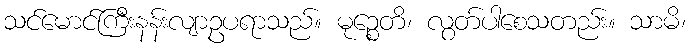
သင်မောင်ကြီးနန်းလျာဥပရာသည်။ မုဉ္စေတိ၊ လွတ်ပါစေသတည်း။ သာမိ၊